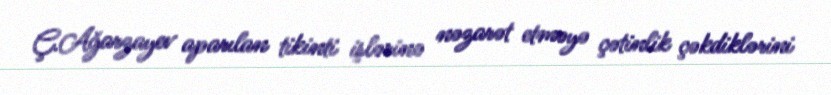
Ç.Ağarzayev aparılan tikinti işlərinə nəzarət etməyə çətinlik çəkdiklərini